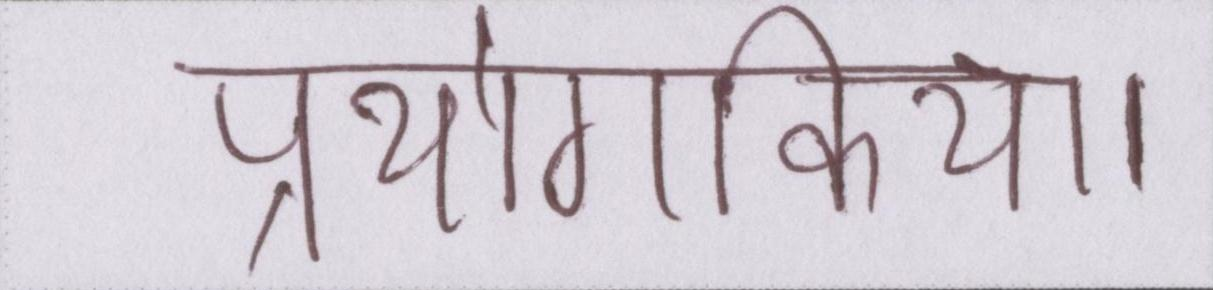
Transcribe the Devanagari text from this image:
प्रयोगकिया।